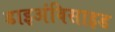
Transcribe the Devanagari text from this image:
डाइअंविसाइड